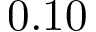
0 . 1 0